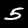
Label: 5